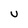
Character: U